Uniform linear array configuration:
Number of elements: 32
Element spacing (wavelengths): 0.25
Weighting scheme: exponential
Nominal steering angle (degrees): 30
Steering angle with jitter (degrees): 31.435
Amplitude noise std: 0.05
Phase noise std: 0.05

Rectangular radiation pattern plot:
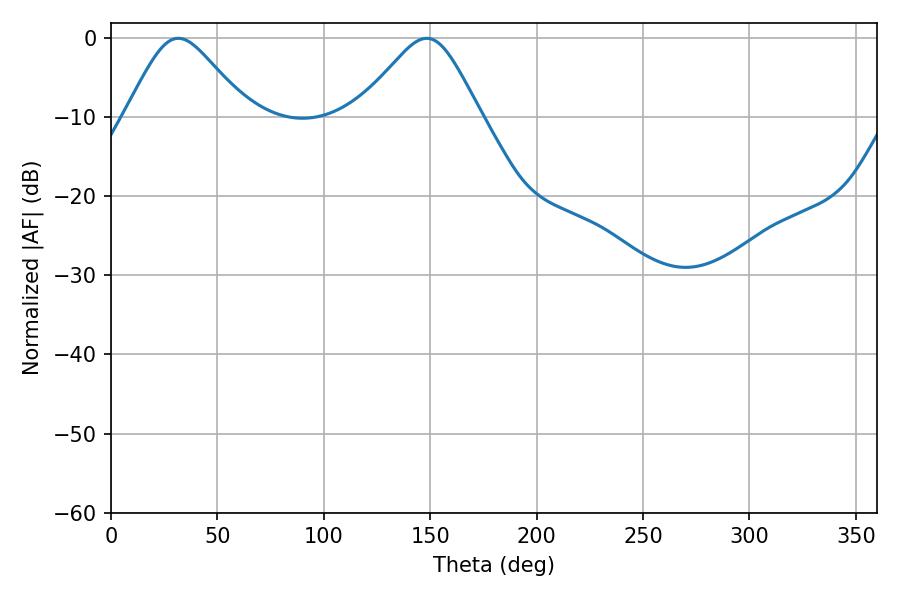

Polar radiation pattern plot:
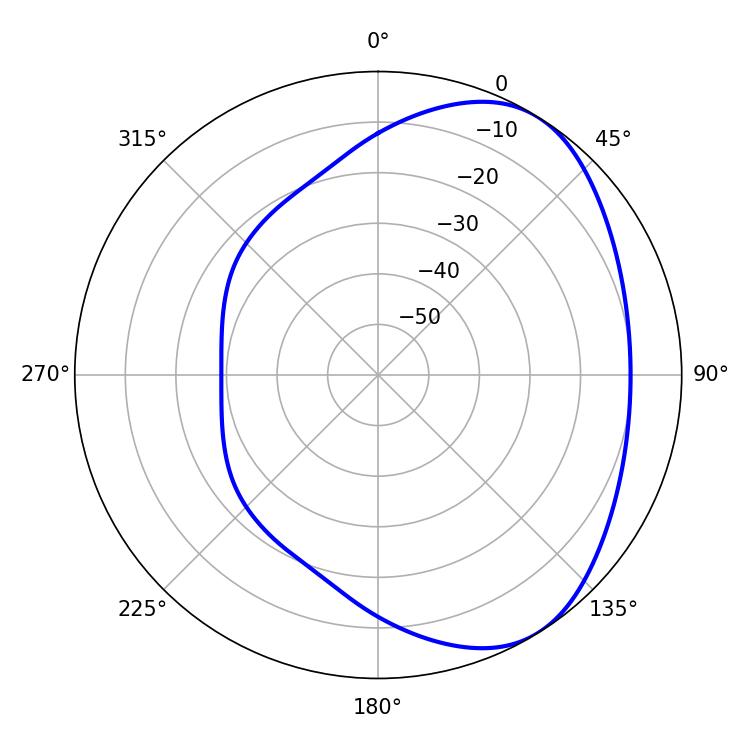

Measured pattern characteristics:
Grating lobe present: FALSE
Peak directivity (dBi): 4.616
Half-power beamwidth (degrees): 27.9
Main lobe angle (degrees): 31.68